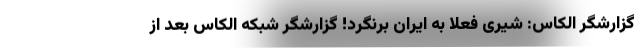
گزارشگر الکاس: شیری فعلا به ایران برنگرد! گزارشگر شبکه الکاس بعد از